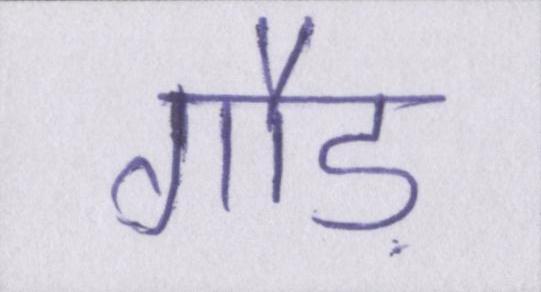
गौड़